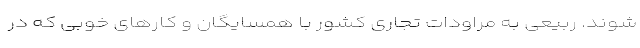
شوند. ربیعی به مراودات تجاری کشور با همسایگان و کارهای خوبی که در